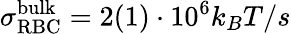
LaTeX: \sigma_{\mathrm{RBC}}^{\mathrm{bulk}}=2(1)\cdot 10^{6}k_{B}T/s